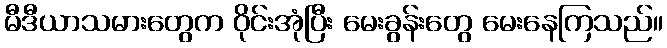
မီဒီယာသမားတွေက ဝိုင်းအုံပြီး မေးခွန်းတွေ မေးနေကြသည်။